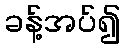
ခန့်အပ်၍